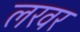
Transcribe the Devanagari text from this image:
लरवर